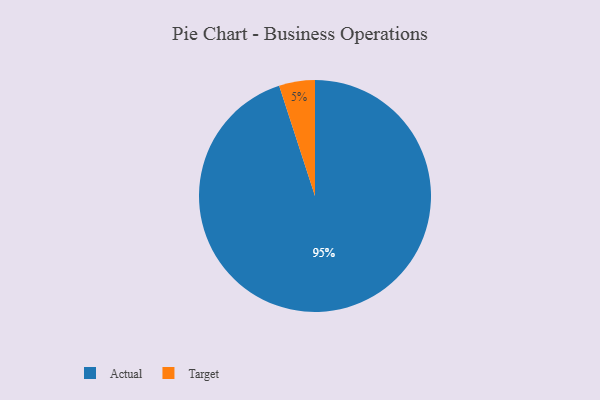
{"axis": {"x": "Category", "y": "Percentage"}, "legend": ["Actual", "Target"], "data": [{"x": "Actual", "y": 95, "type": "Actual"}, {"x": "Target", "y": 5, "type": "Target"}]}